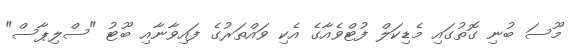
މޫސަ ބުނި ގޮތުގައި މެޑިކަލް ފުޓްވެއާގެ އެކި ވައްތަރުގެ ފައިވާނާއި ބޫޓު "ސްލިޕާސް"